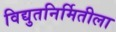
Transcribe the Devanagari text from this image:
विद्युतनिर्मितीला